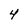
Character: 4